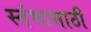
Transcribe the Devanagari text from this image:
स्तंभासाठी